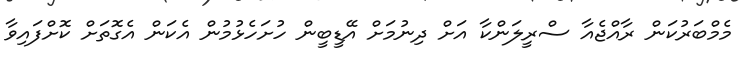
މެމްބަރުކަން ރާއްޖެއާ ސްރީލަންކާ އަށް ދިނުމަށް އޭޑީބީން ހުށަހެޅުމުން އެކަން އެގޮތަށް ކޮށްފައިވާ